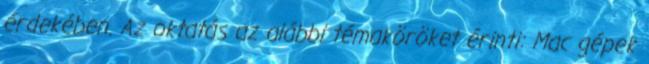
érdekében. Az oktatás az alábbi témaköröket érinti: Mac gépek